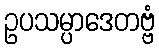
ဥပသမ္ပာဒေတဗ္ဗံ